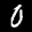
Label: 0